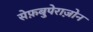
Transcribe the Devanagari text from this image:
सेफ़बुपेराज़ोन